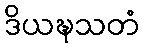
ဒိယဍ္ဎသတံ